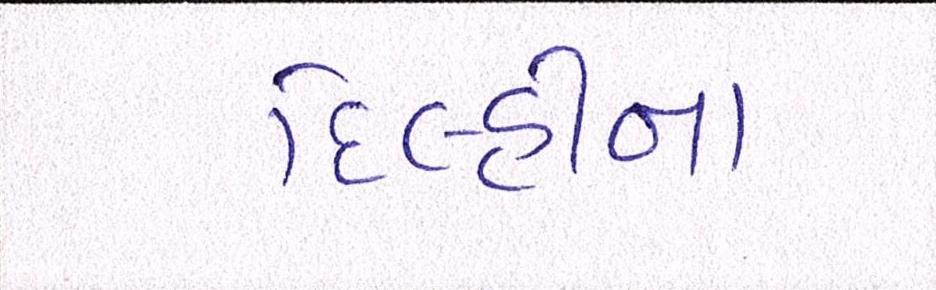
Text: દિલ્હીના